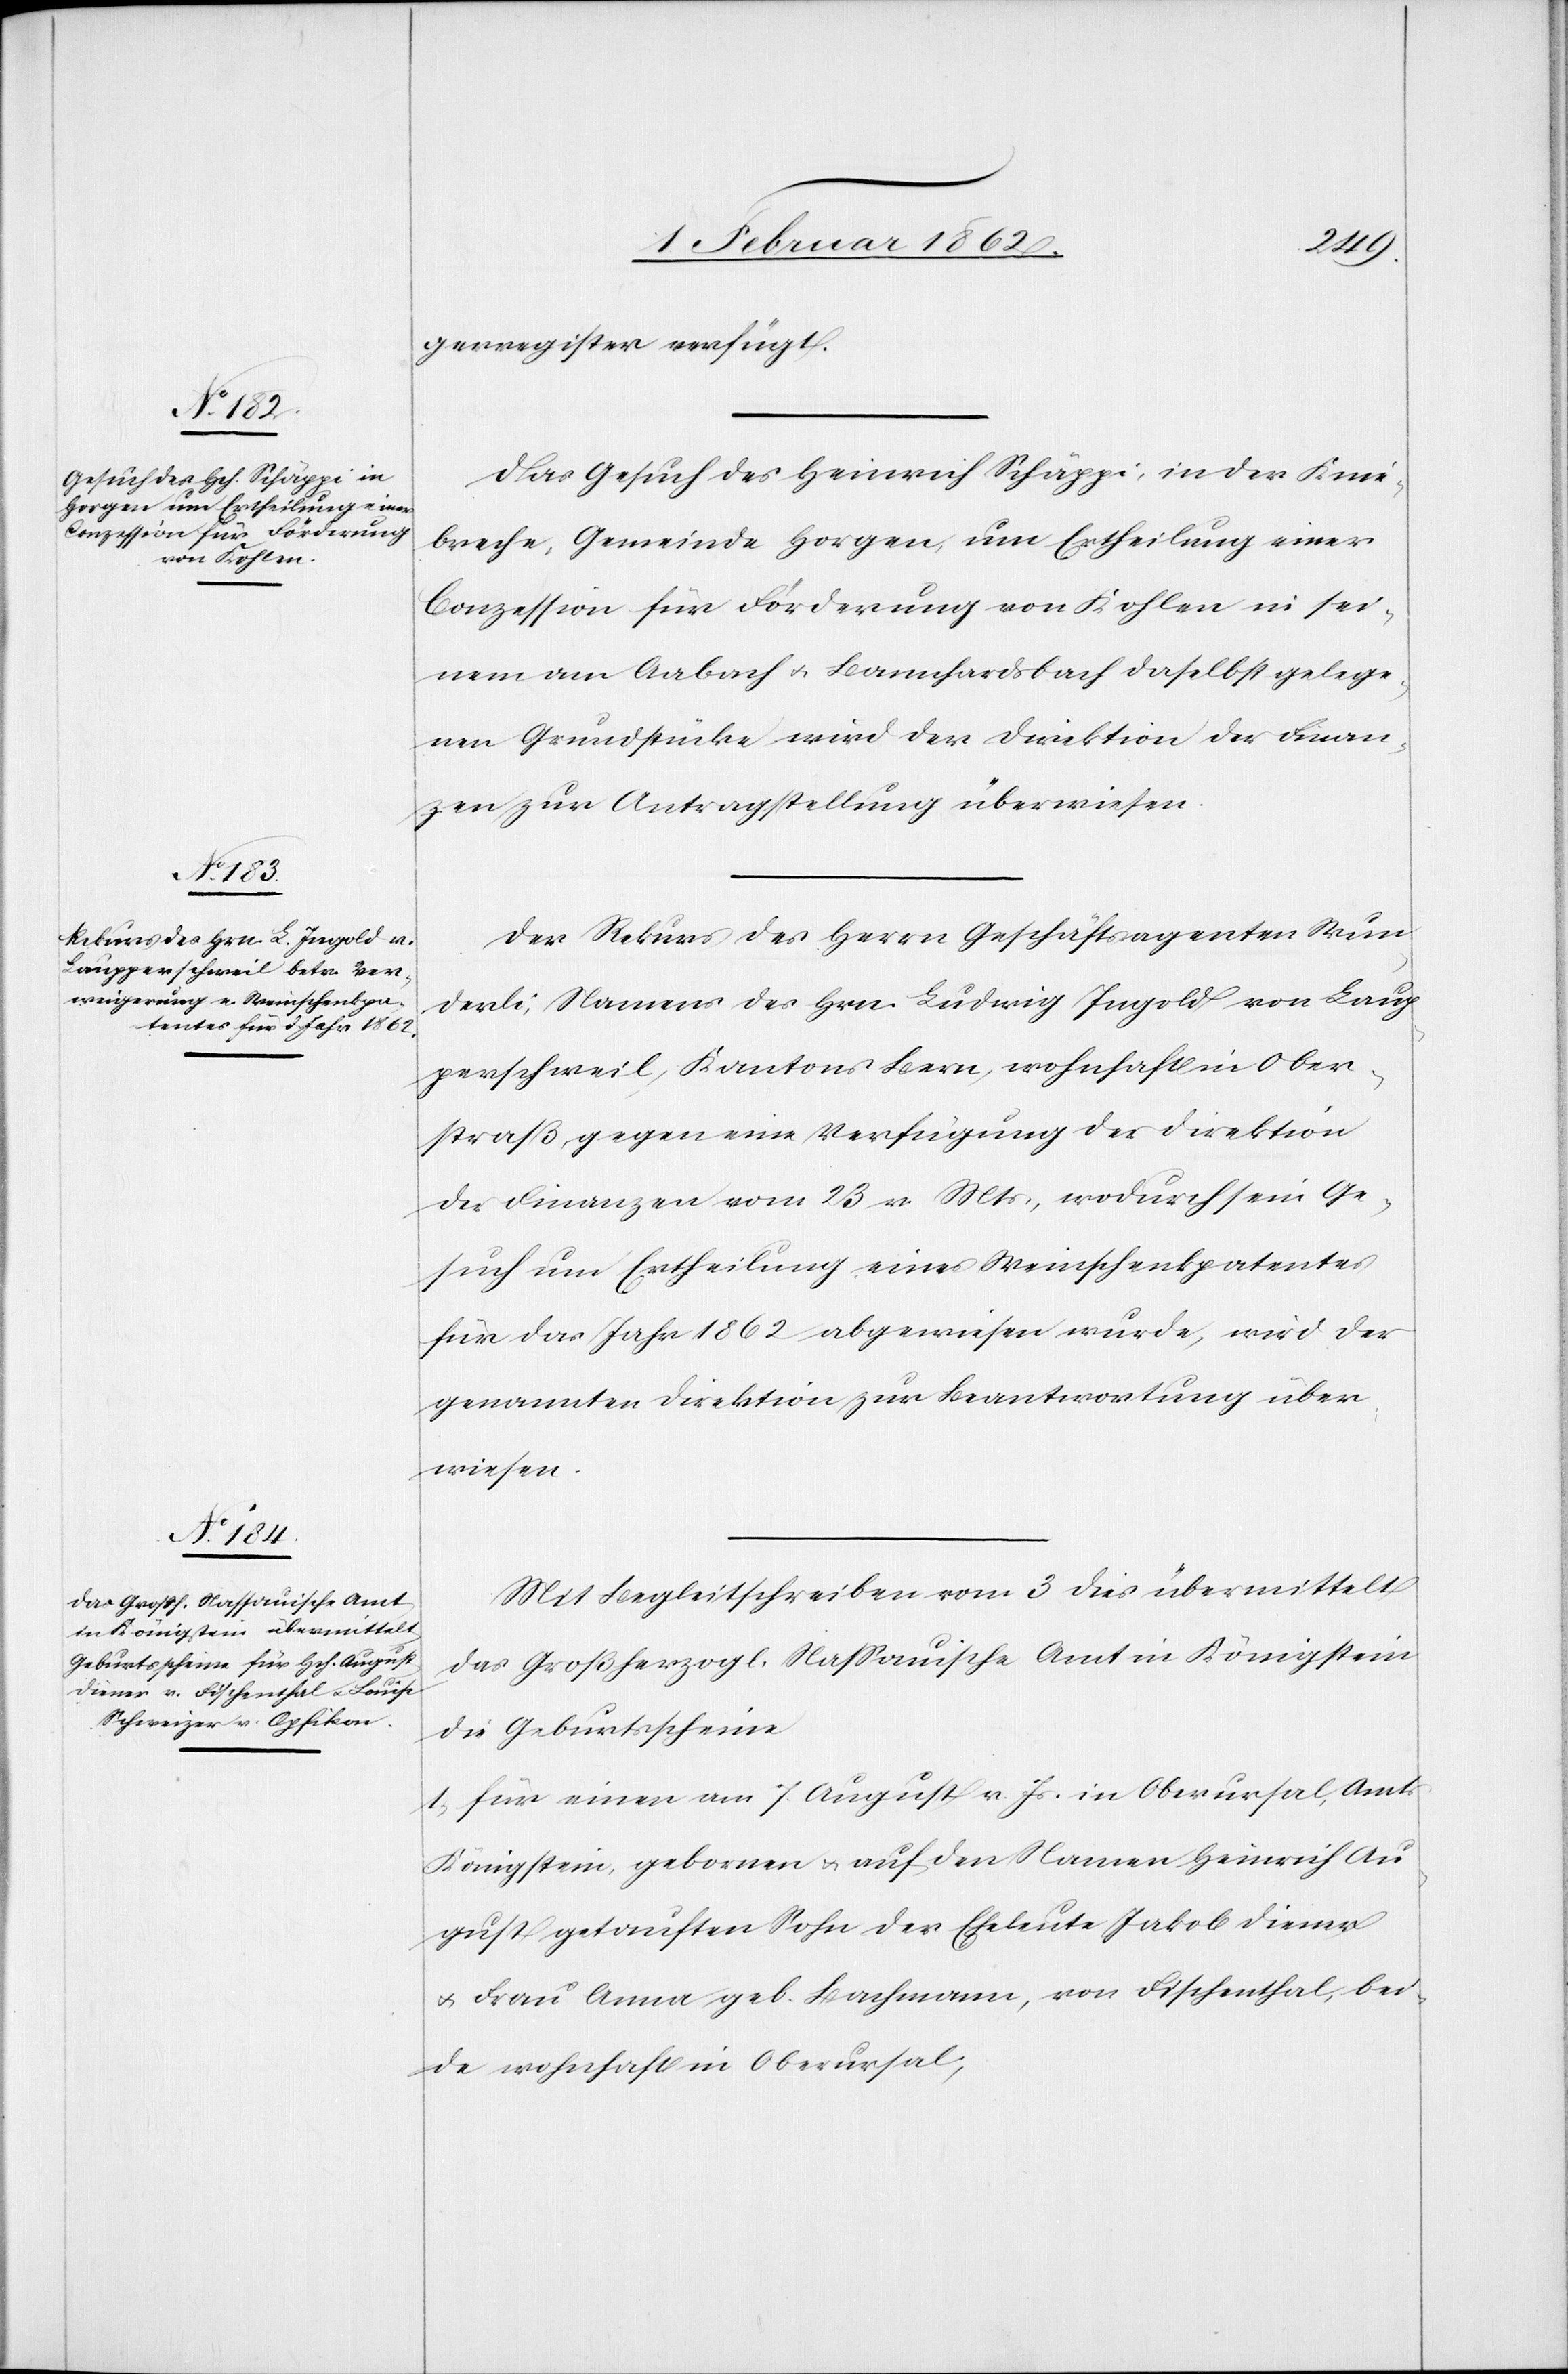
6. Februar 1862.]
den
gerregister verfügt.
Das Gesuch des Heinrich Schäppi, in der Knie¬
breche, Gemeinde Horgen, um Ertheilung einer
Conzession für Förderung von Kohlen in sei¬
nem am Aabach u. Bannhardsbach daselbst gelege¬
nen Grundstücke wird der Direktion der Finan¬
zen zu Antragstellung überwiesen.
Der Rekurs des Herrn Geschäftsagenten Wun¬
derli, Namens des Hrn Ludwig Ingold von Laup¬
perschweil, Kantons Bern, wohnhaft in Ober¬
straß, gegen eine Verfügung der Direktion
der Finanzen vom 23 v. Mts., wodurch sein Ge¬
such um Ertheilung eines Weinschenkpatentes
für das Jahr 1862 abgewiesen wurde, wird der
genannten Direktion zur Beantwortung über¬
wiesen.
Mit Begleitschreiben vom 3 dies übermittelt
das Großherzogl. Nassauische Amt in Königstein
die Geburtsscheine
1) für einen am 7. August v. Js. in Oberursal, Amt
Königstein, gebornen u. auf den Namen Heinrich Au¬
gust getauften Sohn der Eheleute Jakob Diener
u. Frau Anna geb. Bachmann, von Fischenthal, bei¬
de wohnhaft in Oberursal,